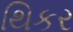
થિકર